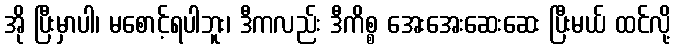
အို ပြီးမှာပါ၊ မစောင့်ရပါဘူး၊ ဒီကလည်း ဒီကိစ္စ အေးအေးဆေးဆေး ပြီးမယ် ထင်လို့